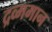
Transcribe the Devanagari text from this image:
द्रव्ममान